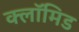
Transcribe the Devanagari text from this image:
क्लॉमिड